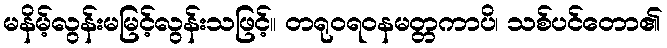
မနိမ့်လွန်းမမြင့်လွန်းသဖြင့်။ တရုဝရဝနမတ္တကာပိ၊ သစ်ပင်တော၏